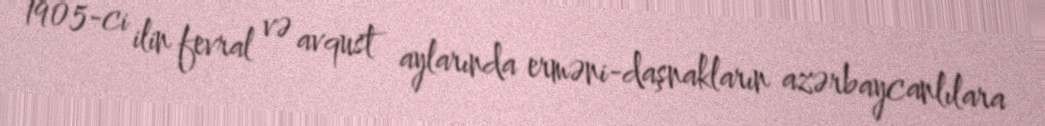
1905-ci ilin fevral və avqust aylarında erməni-daşnakların azərbaycanlılara